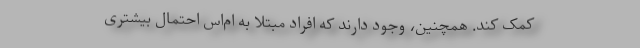
کمک کند. همچنین، وجود دارند که افراد مبتلا به ام‌اس احتمال بیشتری